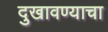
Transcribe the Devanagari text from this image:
दुखावण्याचा